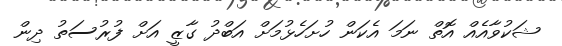
ޝަކުވާއެއް އޮތް ނަމަ އެކަން ހުށަހެޅުމަށް އަބްދު ގާޒީ އަށް ފުރުސަތު ދިން